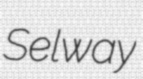
Selway